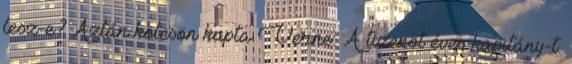
lesz-e? Aztán kölcsön kapta Verne: A tizenöt éves kapitány-t.